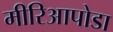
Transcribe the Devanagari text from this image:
मीरिआपोडा